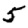
Digit: 5